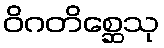
ဝိဂတိစ္ဆေသု